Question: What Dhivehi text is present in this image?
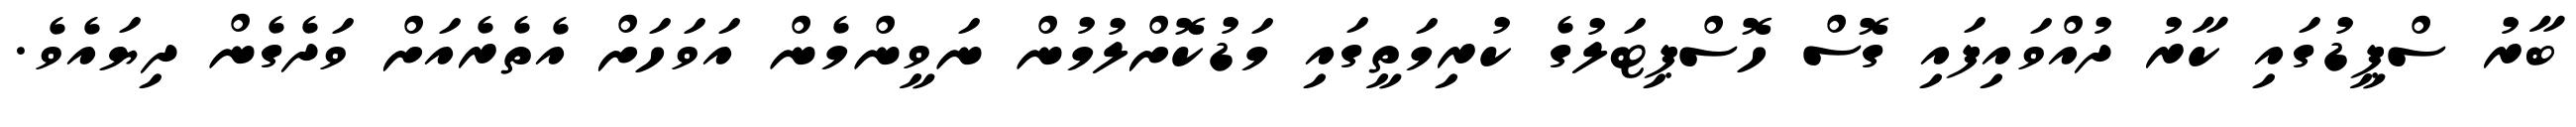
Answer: ބާރު ސްޕީޑުގައި ކާރު ދުއްވައިފައި ގޮސް ހޮސްޕިޓަލުގެ ކުރިމަތީގައި މަޑުކޮށްލުމުން ނަވީންމެން އަވަހަށް އެތެރެއަށް ވަދެގެން ދިޔައެވެ.